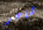
شاعر